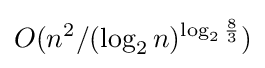
O(n^{2}/(\log _{2}n)^{\log _{2}{\frac {8}{3}}})